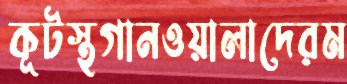
কূটস্থগানওয়ালাদেরম